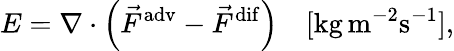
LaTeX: E=\nabla\cdot\left(\vec{F}^{\mathrm{adv}}-\vec{F}^{\mathrm{dif}}\right)\quad[\mathrm{kg}\, \mathrm{m}^{-2}\mathrm{s}^{-1}],